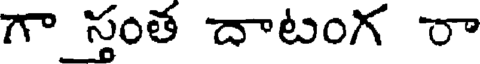
గా స్తంత దాటంగ రా